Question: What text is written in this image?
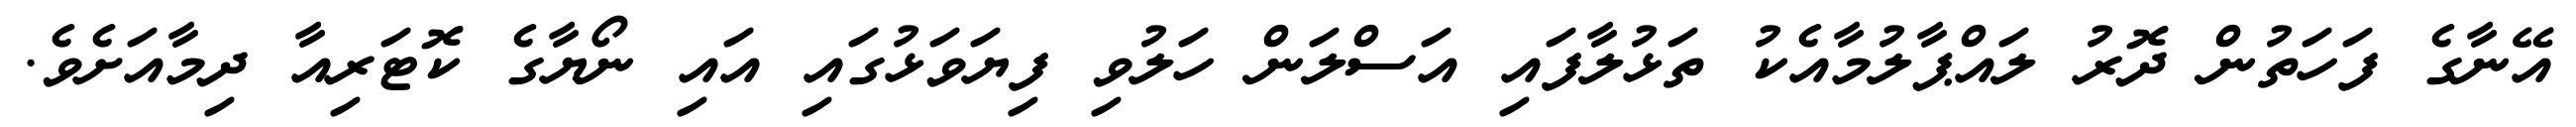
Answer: އޭނާގެ ފަހަތުން ދޮރު ލައްޕާލުމާއެކު ތަޅުލާފައި އަސްލަން ހަލުވި ފިޔަވަޅުގައި އައި ނޯޔާގެ ކޮޓަރިއާ ދިމާއަށެވެ.